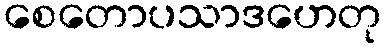
စေတောပသာဒဟေတု